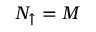
N _ { \mathord { \uparrow } } = M